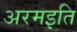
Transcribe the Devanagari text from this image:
अरमइति